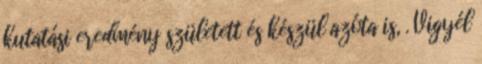
kutatási eredmény született és készül azóta is, . Vigyél